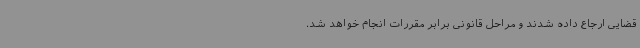
قضایی ارجاع داده شدند و مراحل قانونی برابر مقررات انجام خواهد شد.